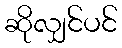
ဆိုလျှင်ပင်